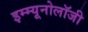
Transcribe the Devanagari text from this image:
इम्म्यूनोलॉजी